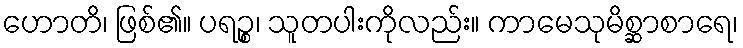
ဟောတိ၊ ဖြစ်၏။ ပရဉ္စ၊ သူတပါးကိုလည်း။ ကာမေသုမိစ္ဆာစာရေ၊